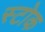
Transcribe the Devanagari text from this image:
स्‍टोक